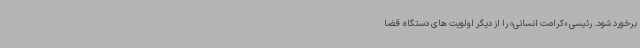
برخورد شود. رئیسی «کرامت انسانی» را از دیگر اولویت های دستگاه قضا